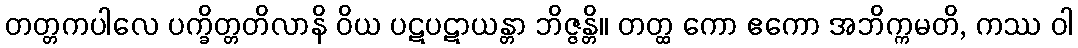
တတ္တကပါလေ ပက္ခိတ္တတိလာနိ ဝိယ ပဋပဋာယန္တာ ဘိဇ္ဇန္တိ။ တတ္ထ ကော ဧကော အဘိက္ကမတိ, ကဿ ဝါ